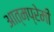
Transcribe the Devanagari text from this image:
आत्मप्रेमी